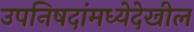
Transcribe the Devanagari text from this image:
उपनिषदांमध्येदेखील